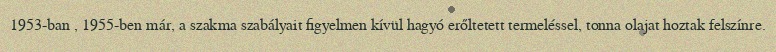
1953-ban , 1955-ben már, a szakma szabályait figyelmen kívül hagyó erőltetett termeléssel, tonna olajat hoztak felszínre.